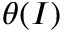
\theta ( I )